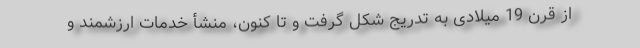
از قرن 19 میلادی به تدریج شکل گرفت و تا کنون، منشأ خدمات ارزشمند و